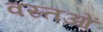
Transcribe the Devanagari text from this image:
वस्‍तओं